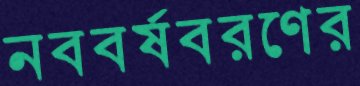
নববর্ষবরণের